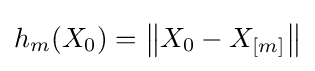
h_{m}(X_{0})=\left\|X_{0}-X_{[m]}\right\|